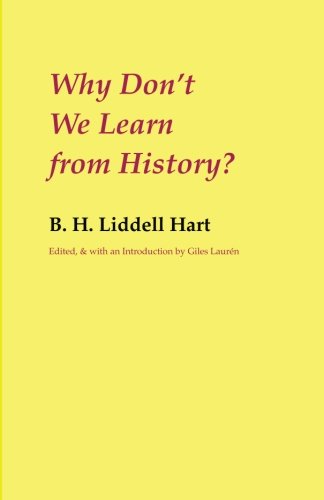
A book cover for Why Don't We Learn from History?; B. H. Liddell Hart; History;